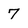
Character: 7